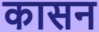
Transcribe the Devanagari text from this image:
कासन